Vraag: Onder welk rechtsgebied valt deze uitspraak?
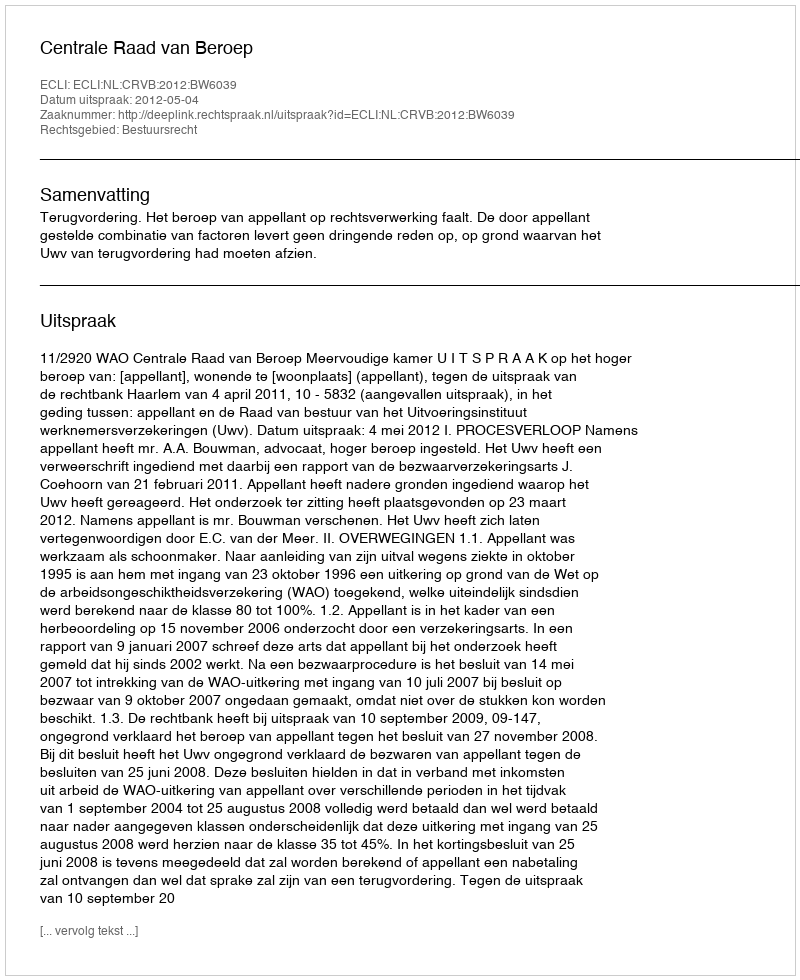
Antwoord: Bestuursrecht